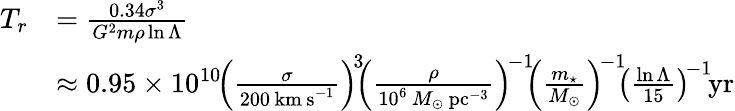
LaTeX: {\begin{array}{rl}{T_{r}}&{={\frac{0.34\sigma^{3}}{G^{2}m\rho\ln\Lambda}}}\\ &{\approx 0.95\times 10^{10}\! \left({\frac{\sigma}{200\, \mathrm{km\, s}^{-1}}}\right)^{\! 3}\! \! \left({\frac{\rho}{10^{6}\, M_{\odot}\, \mathrm{pc}^{-3}}}\right)^{\! -1}\! \! \left({\frac{m_{\star}}{M_{\odot}}}\right)^{\! -1}\! \! \left({\frac{\ln\Lambda}{15}}\right)^{\! -1}\! \mathrm{yr}}\end{array}}